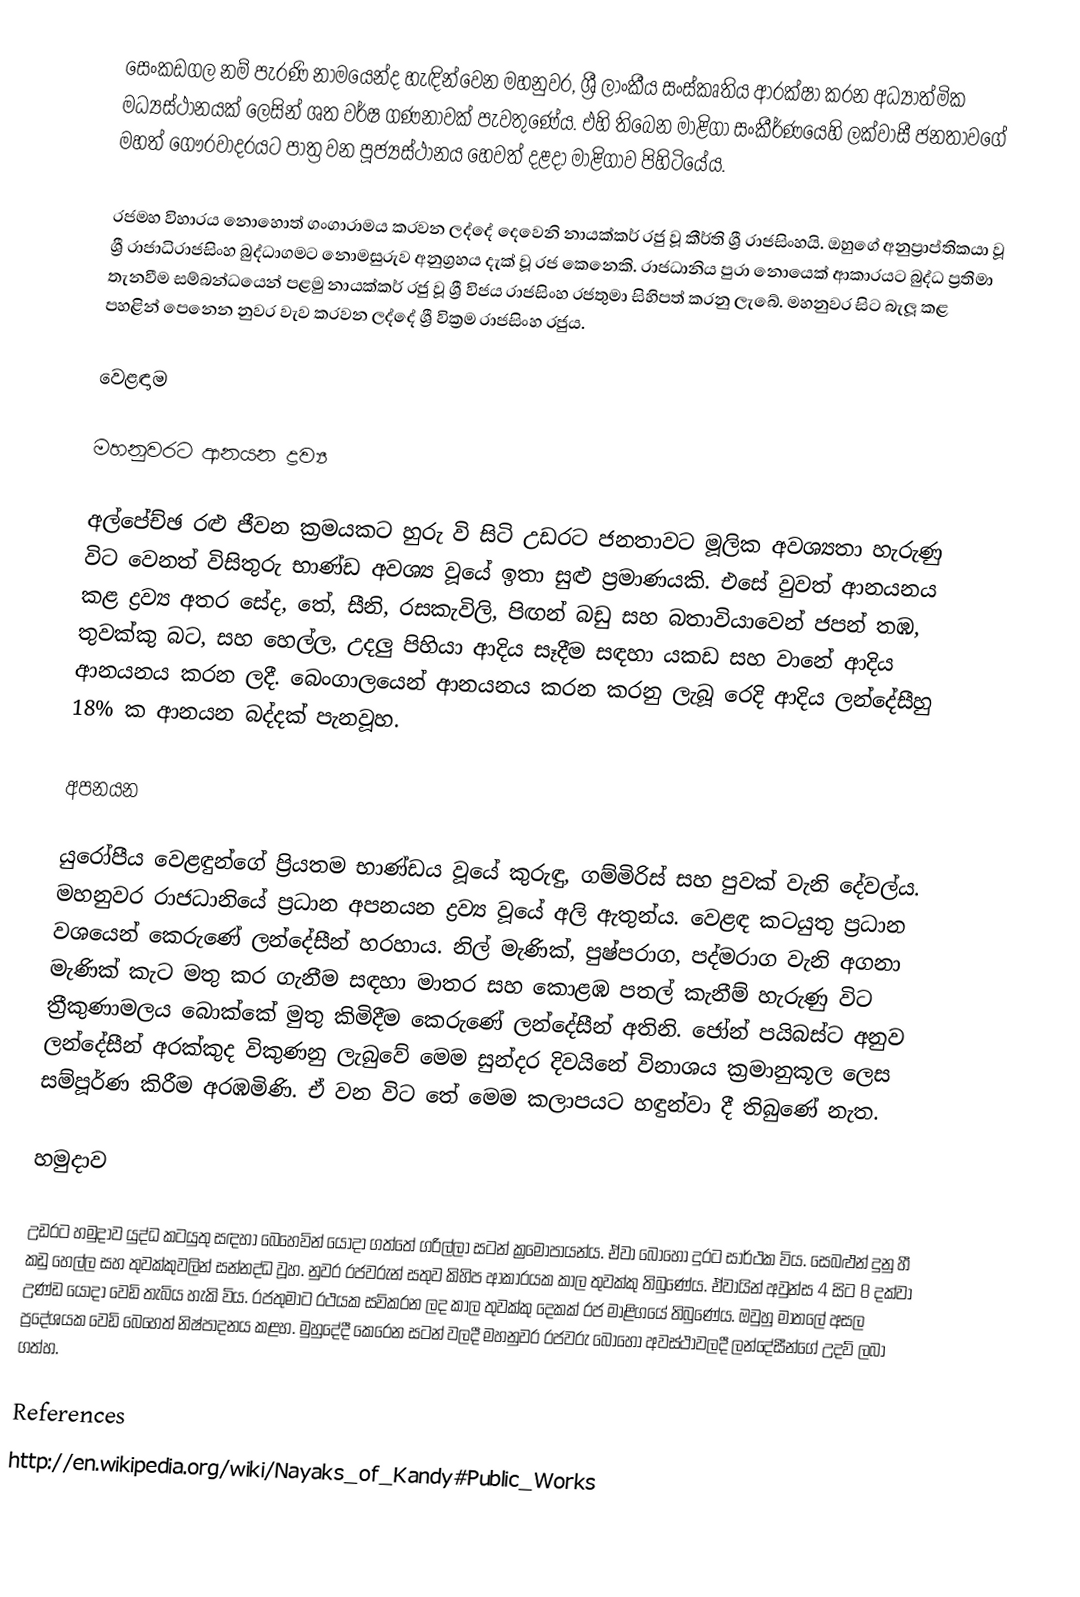
සෙංකඩගල නම් පැරණි නාමයෙන්ද හැඳින්වෙන මහනුවර, ශ්‍රී ලාංකීය සංස්කෘතිය ආරක්ෂා කරන අධ්‍යාත්මික මධ්‍යස්ථානයක් ලෙසින් ශත වර්ෂ ගණනාවක් පැවතුණේය. එහි තිබෙන මාළිගා සංකීර්ණයෙහි ලක්වාසී ජනතාවගේ මහත් ගෞරවාදරයට පාත්‍ර වන  පූජ්‍යස්ථානය හෙවත් දළදා මාළිගාව පිහිටියේය.

රජමහ විහාරය නොහොත් ගංගාරාමය කරවන ලද්දේ දෙවෙනි නායක්කර් රජු වූ කීර්ති ශ්‍රී ‍රාජසිංහයි. ඔහුගේ අනුප්‍රාප්තිකයා වූ ශ්‍රී රාජාධිරාජසිංහ බුද්ධාගමට නොමසුරුව අනුග්‍රහය දැක් වූ රජ කෙනෙකි. රාජධානිය පුරා නොයෙක් ආකාරයට බුද්ධ ප්‍රතිමා තැනවීම සම්බන්ධයෙන් පළමු නායක්කර් රජු වූ ශ්‍රී විජය රාජසිංහ රජතුමා සිහිපත් කරනු ලැබේ. මහනුවර සිට බැලූ කළ පහළින් පෙනෙන නුවර වැව කරවන ලද්දේ ශ්‍රී වික්‍රම රාජසිංහ රජුය.

වෙළඳාම

මහනුවරට ආනයන ද්‍රව්‍ය

අල්පේච්ඡ රළු ජීවන ක්‍රමයකට හුරු වි සිටි උඩරට ජනතාවට මූලික අවශ්‍යතා හැරුණු විට වෙනත් විසිතුරු භාණ්ඩ අවශ්‍ය වූයේ ඉතා සුළු ප්‍රමාණයකි. එසේ වුවත් ආනයනය කළ ද්‍රව්‍ය අතර සේද, තේ, සීනි, රසකැවිලි, පිඟන් බඩු සහ බතාවියාවෙන් ජපන් තඹ, තුවක්කු බට, සහ හෙල්ල, උදලු පිහියා ආදිය සෑදීම සඳහා යකඩ සහ වානේ ආදිය ආනයනය කරන ලදී. බෙංගාලයෙන් ආනයනය කරන කරනු ලැබූ රෙදි ආදිය ලන්දේසීහු 18% ක ආනයන බද්දක් පැනවූහ.

අපනයන

යුරෝපීය වෙළඳුන්ගේ ප්‍රියතම භාණ්ඩය වූයේ කුරුඳු, ගම්මිරිස් සහ පුවක් වැනි දේවල්ය. මහනුවර රාජධානියේ ප්‍රධාන අපනයන ද්‍රව්‍ය වූයේ අලි ඇතුන්ය. වෙළඳ කටයුතු ප්‍රධාන වශයෙන් කෙරුණේ ලන්දේසීන් හරහාය. නිල් මැණික්, පුෂ්පරාග, පද්මරාග වැනි අගනා මැණික් කැට මතු කර ගැනීම සඳහා මාතර සහ කොළඹ පතල් කැනීම් හැරුණු විට ත්‍රීකුණාමලය බොක්කේ මුතු කිමිදීම කෙරුණේ ලන්දේසීන් අතිනි. ජෝන් පයිබස්ට අනුව ලන්දේසීන් අරක්කුද විකුණනු ලැබුවේ මෙම සුන්දර දිවයිනේ විනාශය ක්‍රමානුකූල ලෙස සම්පූර්ණ කිරීම අරඹමිණි. ඒ වන විට තේ මෙම කලාපයට හඳුන්වා දී තිබුණේ නැත.

හමුදාව

උඩරට හමුදාව යුද්ධ කටයුතු සඳහා බෙහෙවින් යොදා ගත්තේ ගරිල්ලා සටන් ක්‍රමෝපායන්ය. ඒවා බොහෝ දුරට සාර්ථක විය. සෙබළුන් දුනු හී කඩු හෙල්ල සහ තුවක්කුවලින් සන්නද්ධ වූහ. නුවර රජවරුන් සතුව කිහිප ආකාරයක කාල තුවක්කු තිබුණේය. ඒවායින් අවුන්ස 4 සිට 8 දක්වා උණ්ඩ යොදා වෙඩි තැබිය හැකි විය. රජතුමාට රථයක සවිකරන ලද කාල තුවක්කු දෙකක් රජ මාළිගයේ තිබුණේය. ඔවුහු මාතලේ අසල ප්‍රදේශයක වෙඩි බෙහෙත් නිෂ්පාදනය කළහ. මුහුදේදී කෙරෙන සටන් වලදී මහනුවර රජවරු බොහෝ අවස්ථාවලදී ලන්දේසීන්ගේ උදව් ලබා ගත්හ.

References
http://en.wikipedia.org/wiki/Nayaks_of_Kandy#Public_Works